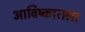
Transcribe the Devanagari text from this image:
आविष्काराला